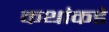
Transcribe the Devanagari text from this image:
कथांकडे